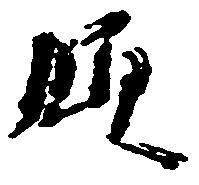
領